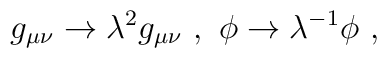
g_{\mu \nu} \rightarrow \lambda^2 g_{\mu \nu} ~,~\phi \rightarrow \lambda^{-1} \phi ~,~\,